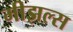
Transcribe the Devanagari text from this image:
मीझल्स